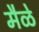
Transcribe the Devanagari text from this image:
मैळे